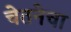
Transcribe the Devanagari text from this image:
चेतनेचा